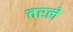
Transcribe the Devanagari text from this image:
तरले